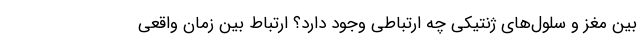
بین مغز و سلول‌های ژنتیکی چه ارتباطی وجود دارد؟ ارتباط بین زمان واقعی